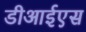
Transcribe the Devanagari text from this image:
डीआईएस